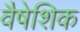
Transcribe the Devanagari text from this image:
वैषेशिक